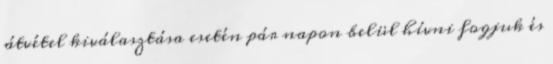
átvétel kiválasztása esetén pár napon belül hívni fogjuk és